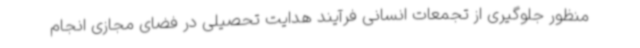
منظور جلوگیری از تجمعات انسانی فرآیند هدایت تحصیلی در فضای مجازی انجام